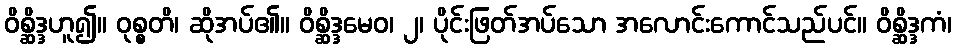
ဝိစ္ဆိဒ္ဒဟူ၍။ ဝုစ္စတိ၊ ဆိုအပ်၏။ ဝိစ္ဆိဒ္ဒမေဝ၊ ၂၊ ပိုင်းဖြတ်အပ်သော အလောင်းကောင်သည်ပင်။ ဝိစ္ဆိဒ္ဒကံ၊